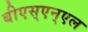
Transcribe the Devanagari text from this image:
बीएस्‌एन्‌एल